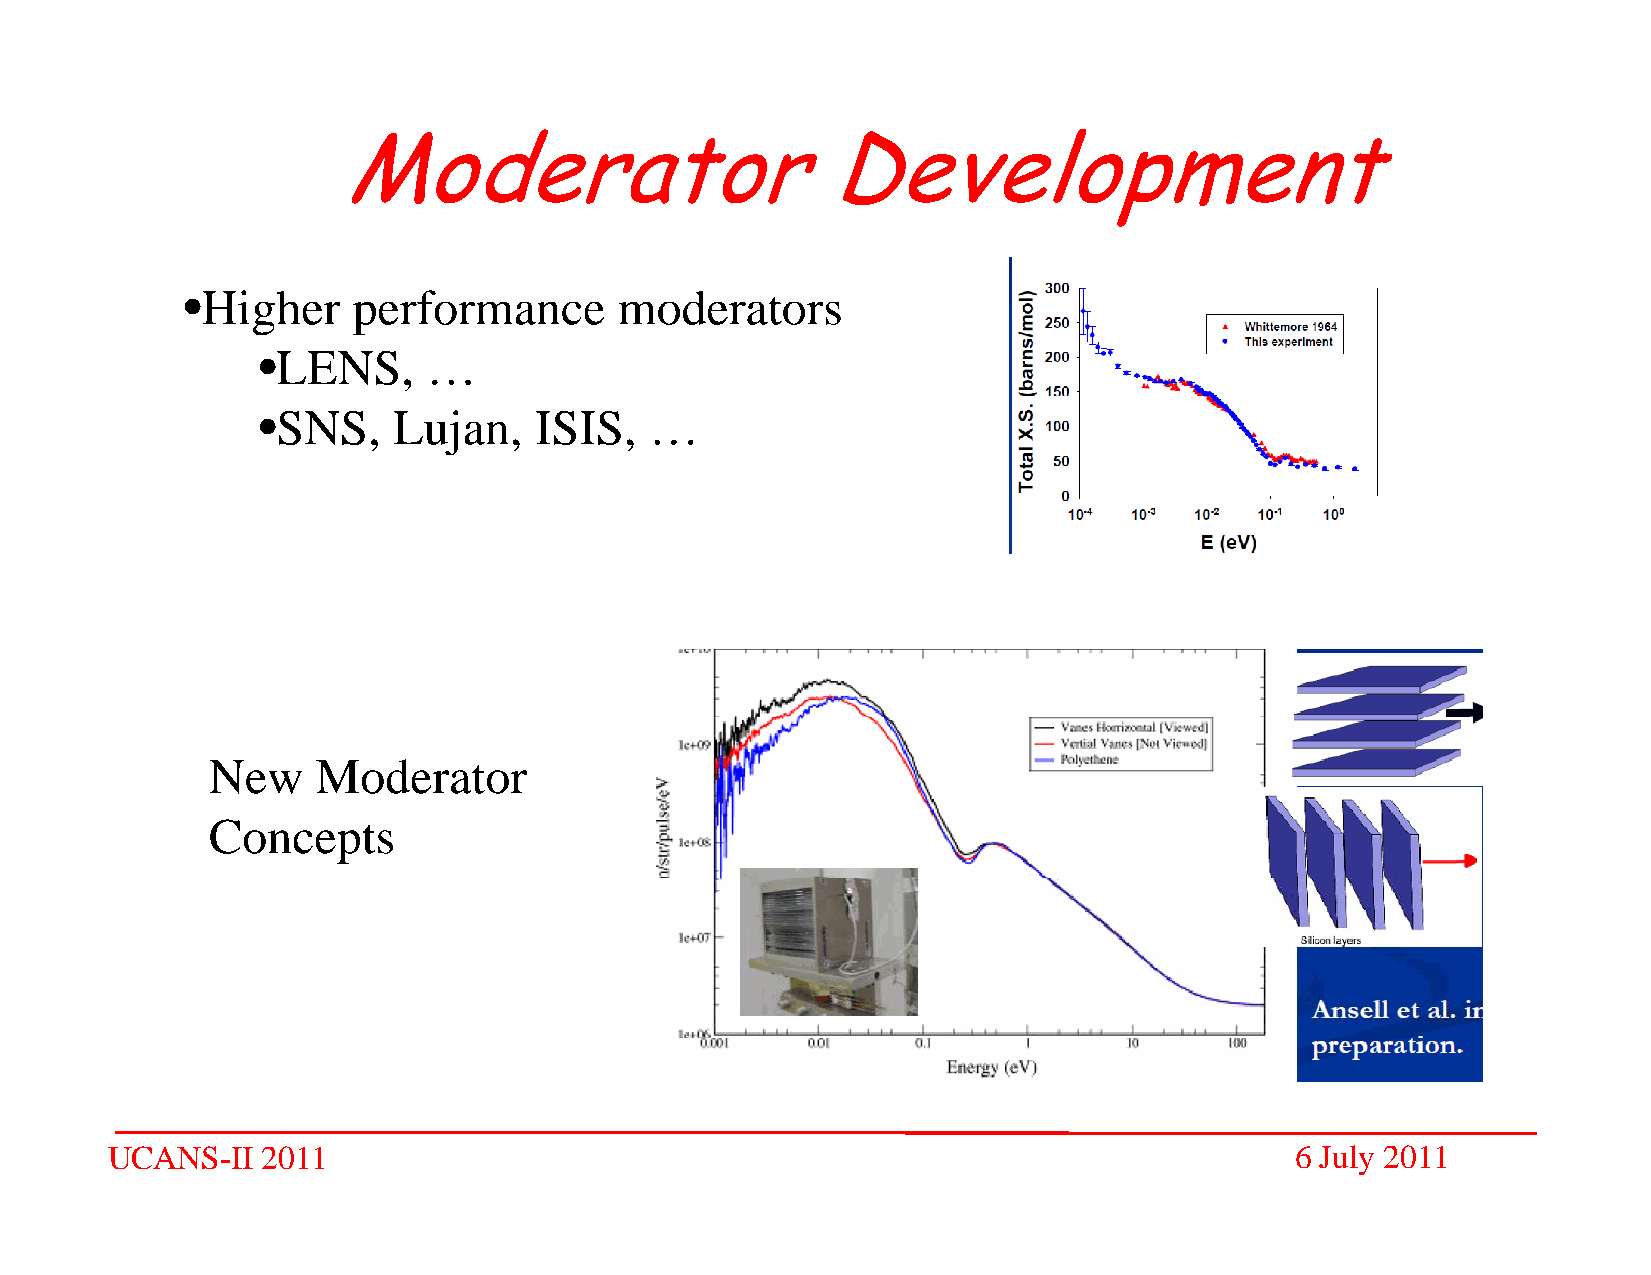
Moderator                        Development
 •Higher    performance       moderators
 •LENS,     …
 •SNS,    Lujan,   ISIS,   …
 New    Moderator
 Concepts
 UCANS-II  2011                                                                 6 July 2011